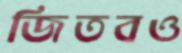
জিতবও